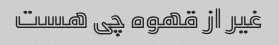
غیر از قهوه چی هست